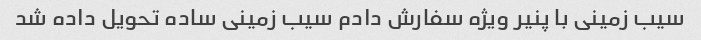
سیب زمینی با پنیر ویژه سفارش دادم سیب زمینی ساده تحویل داده شد